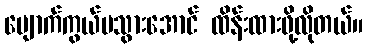
ပျောက်ကွယ်မသွားအောင် ထိန်းထားဖို့လိုတယ်။